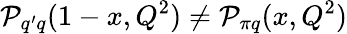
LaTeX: {\cal P}_{q^{\prime}q}(1-x,Q^{2})\not={\cal P}_{\pi q}(x,Q^{2})